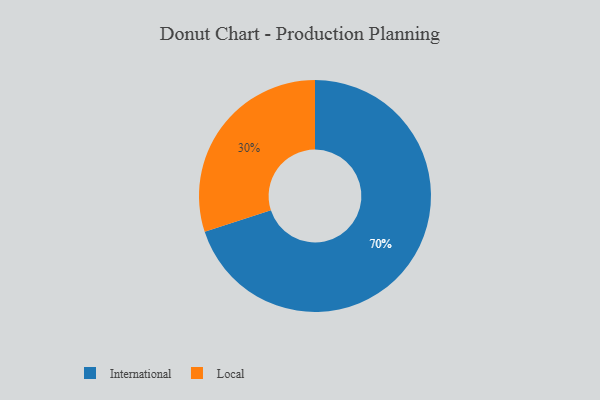
{"axis": {"x": "Category", "y": "Percentage"}, "legend": ["International", "Local"], "data": [{"x": "Local", "y": 30, "type": "Local"}, {"x": "International", "y": 70, "type": "International"}]}